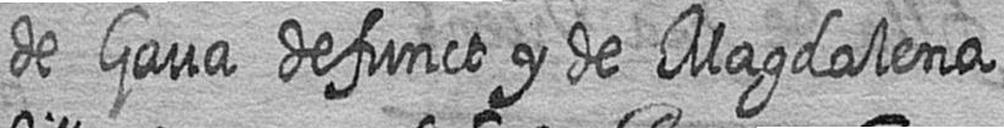
de Gava defunct y de Magdalena